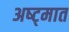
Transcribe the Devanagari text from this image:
अष्ट्मात